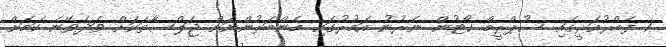
1 ފެބްރުއަރީގައި ސުޕްރީމް ކޯޓުން ނެރުނު އަމުރުގައި މެންބަރުންނަށް ޖަލްސާތަކަށް ވަދެވޭނެ ކަމަށް